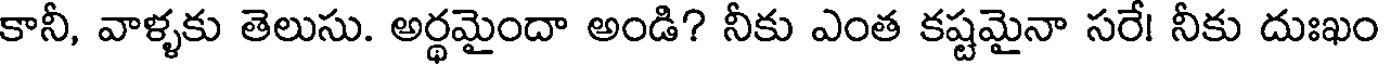
కానీ, వాళ్ళకు తెలుసు. అర్థమైందా అండి? నీకు ఎంత కష్టమైనా సరే! నీకు దుఃఖం